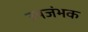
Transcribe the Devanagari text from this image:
उपजंभक